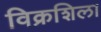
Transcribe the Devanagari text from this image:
विक्रशिला